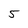
Character: 5